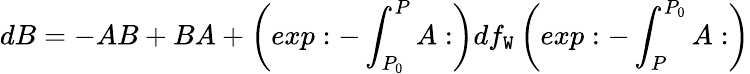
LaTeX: dB=-AB+BA+\left(exp:-\int_{P_{0}}^{P}A:\right)df_{\mathtt{W}}\left(exp:-\int_{P}^{P_{0}}A:\right)